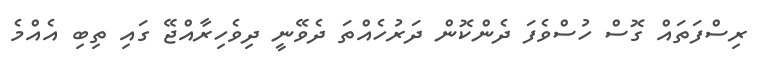
ރިސްފަތައް ގޮސް ހުސްވެފަ ދެންކޮން ދަރުހެއްތަ ދެވޭނީ ދިވެހިރާއްޖޭ ގައި ތިބި އެއްމެ